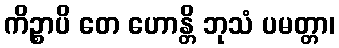
ကိဉ္စာပိ တေ ဟောန္တိ ဘုသံ ပမတ္တာ၊